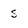
Character: s